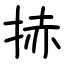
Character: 捇